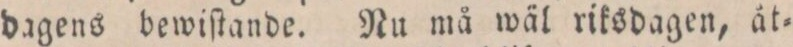
dagens bewiſtande. Nu må wäl riksdagen, åt=